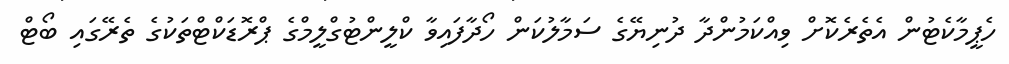
ހެޕީމާކެޓުން އެތެރެކޮށް ވިއްކަމުންދާ ދުނިޔޭގެ ސަމާލުކަން ހޯދާފައިވާ ކްލީންޓުގްލީމްގެ ޕްރޮޑަކްޓްތަކުގެ ތެރޭގައި ބޯޓް